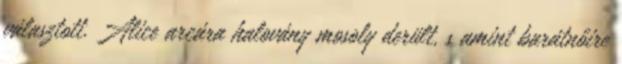
választott. Alice arcára halovány mosoly derült, s amint barátnőire